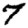
Digit: 7